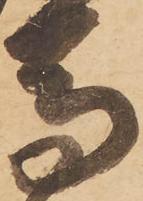
馬